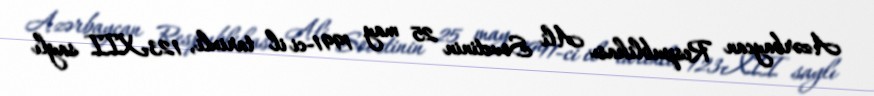
Azərbaycan Respublikası Ali Sovetinin 25 may 1991-ci il tarixli, 123-XII saylı